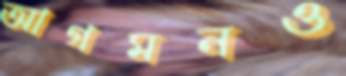
আগমনও